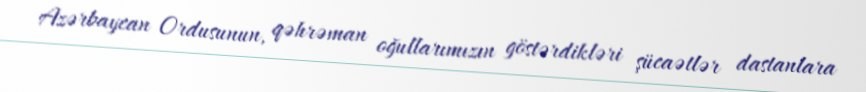
Azərbaycan Ordusunun, qəhrəman oğullarımızın göstərdikləri şücaətlər dastanlara